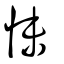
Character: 怽